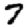
Digit: 7